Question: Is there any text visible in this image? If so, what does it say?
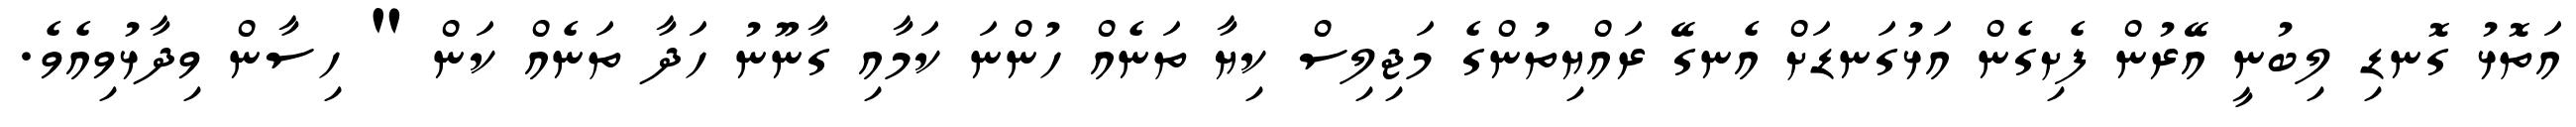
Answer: އަތޮޅު ގޮނޑި ލިބުނީ އޭރުން ފެށިގެން އަޅުގަނޑަށް އެނގޭ ރައްޔިތުންގެ މަޖިލިސް ކިޔާ ތަނެއް ހުންނަ ކަމާއި ގާނޫނު ހަދާ ތަނެއް ކަން " ހިސާން ވިދާޅުވިއެވެ.